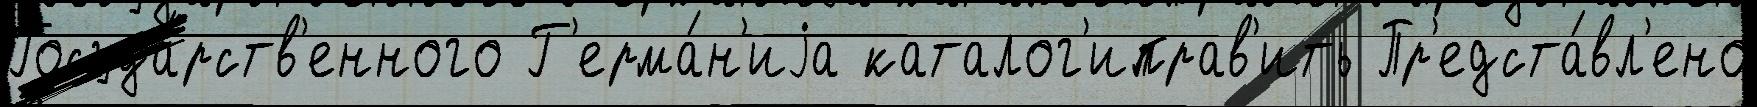
Госуда́рств'енного Г'ерма́н'иjа каталог'иправ'ить Пр'едста́вл'ено